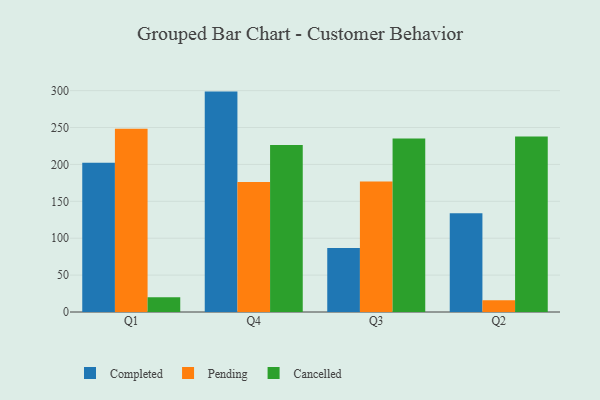
{"axis": {"x": "Quarter", "y": "Gross Profit (USD K)"}, "legend": ["Cancelled", "Completed", "Pending"], "data": [{"x": "Q1", "y": 202.4, "type": "Completed"}, {"x": "Q1", "y": 248.4, "type": "Pending"}, {"x": "Q1", "y": 20.0, "type": "Cancelled"}, {"x": "Q4", "y": 298.7, "type": "Completed"}, {"x": "Q4", "y": 176.3, "type": "Pending"}, {"x": "Q4", "y": 226.2, "type": "Cancelled"}, {"x": "Q3", "y": 86.6, "type": "Completed"}, {"x": "Q3", "y": 176.8, "type": "Pending"}, {"x": "Q3", "y": 235.3, "type": "Cancelled"}, {"x": "Q2", "y": 133.7, "type": "Completed"}, {"x": "Q2", "y": 16.0, "type": "Pending"}, {"x": "Q2", "y": 238.0, "type": "Cancelled"}]}